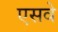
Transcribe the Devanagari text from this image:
एसवे